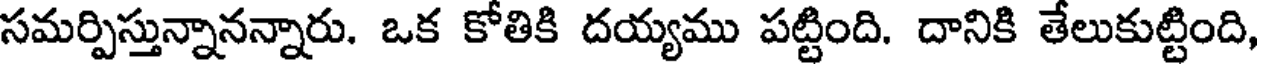
సమర్పిస్తున్నానన్నారు. ఒక కోతికి దయ్యము పట్టింది. దానికి తేలుకుట్టింది,